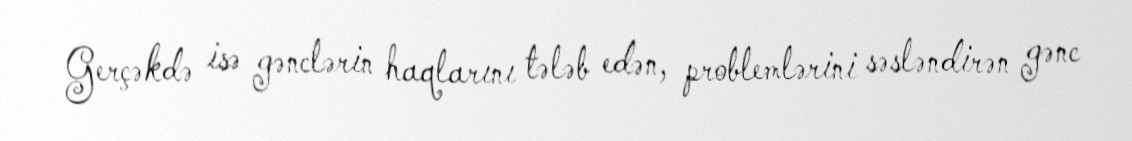
Gerçəkdə isə gənclərin haqlarını tələb edən, problemlərini səsləndirən gənc